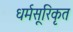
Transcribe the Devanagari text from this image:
धर्मसूरिकृत